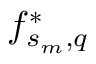
f _ { s _ { m } , q } ^ { * }